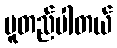
မူတည်ပါတယ်